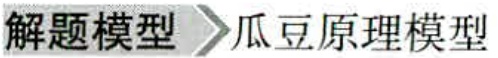
解题模型 \(\rightharpoonup\) 瓜豆原理模型